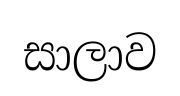
සාලාව